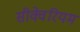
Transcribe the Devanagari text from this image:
सीक्वेरियम